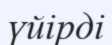
үйірді